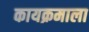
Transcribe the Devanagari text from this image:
कायक्रमाला